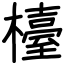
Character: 檯